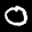
Label: 0